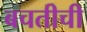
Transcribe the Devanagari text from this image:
बचतीची